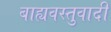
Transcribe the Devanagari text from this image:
बाह्यवस्तुवादी